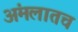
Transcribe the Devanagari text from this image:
अंमलातच